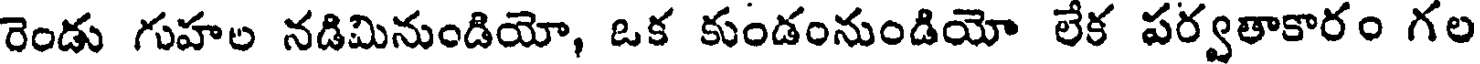
రెండు గుహల నడిమినుండియో, ఒక కుండంనుండియో లేక పర్వతాకారం గల